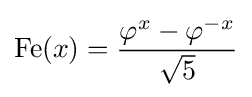
\operatorname {Fe} (x)={\frac {\varphi ^{x}-\varphi ^{-x}}{\sqrt {5}}}